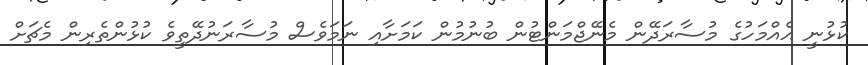
ކުޅުނީ އެއްމަހުގެ މުސާރަދޭން މެނޭޖްމަންޓުން ބުނުމުން ކަމަށާއި ނަމަވެސް މުސާރަނުދޭތީވެ ކުޅުންތެރިން މެޗަށް